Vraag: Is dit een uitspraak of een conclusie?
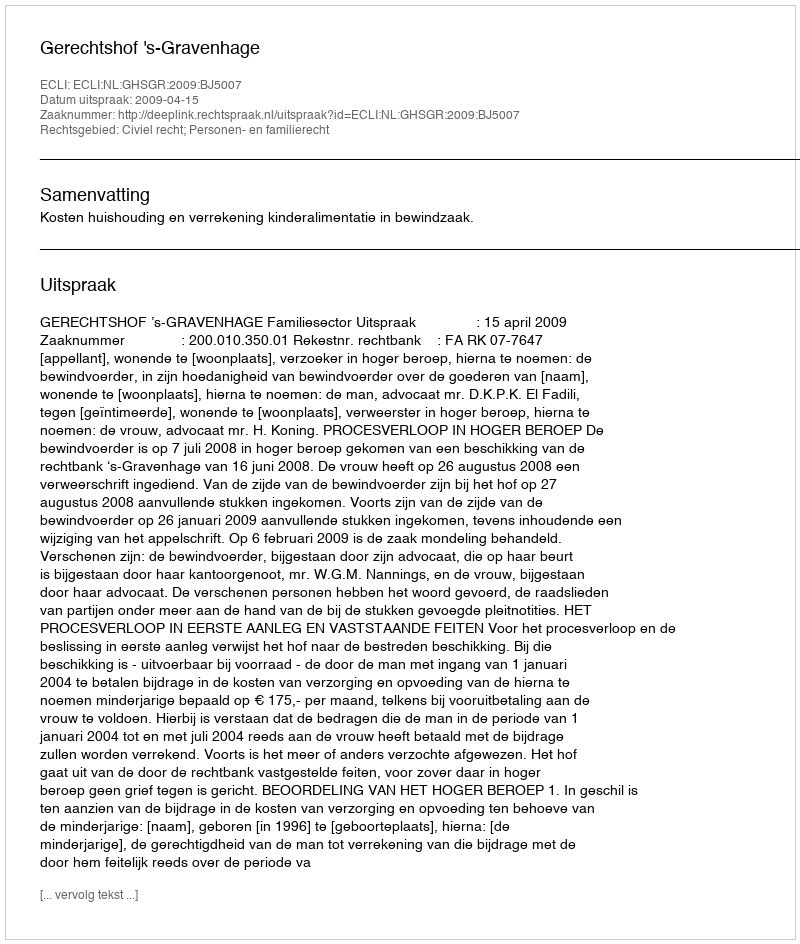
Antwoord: Uitspraak